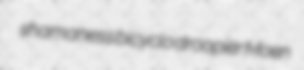
shamaness bicyclo droopier Moen